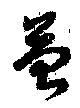
苔